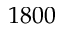
1 8 0 0